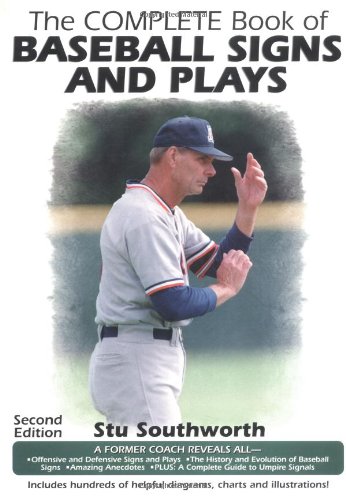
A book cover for The Complete Book of Baseball Signs and Plays; Stu Southworth; Sports & Outdoors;